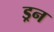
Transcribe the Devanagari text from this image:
ड्रन